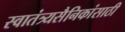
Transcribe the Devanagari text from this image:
स्वातंत्र्यसैनिकांसाठी